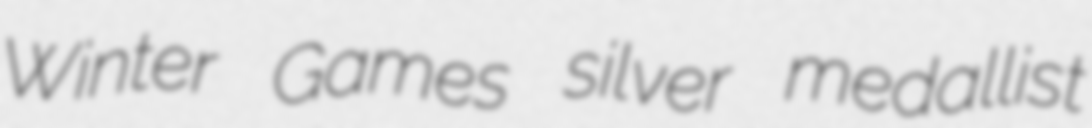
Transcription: Winter Games silver medallist